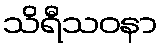
သိရီသဝနာ